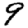
Digit: 9